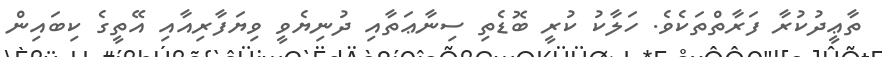
ތާޢީދުކުރާ ފަރާތްތަކެވެ. ހަލާކު ކުރީ ބޮޑެތި ސިނާޢަތާއި ދުނިޔެވީ ވިޔަފާރިއާއި އޭތީގެ ކިބައިން